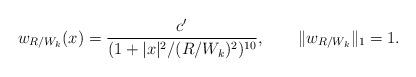
LaTeX: \begin{align*} w_{R/W_k}(x)=\frac{c'}{(1+|x|^2/(R/W_k)^2)^{10}},\qquad\|w_{R/W_k}\|_1=1. \end{align*}